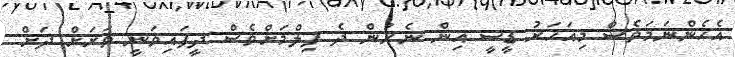
އެހެންނަމަވެސް މިއަހަރު ޑީސީ އިން ނެރުން ދެ ފިލްމަށްވެސް ދީފައިވަނީ ވަރަށް ދަށް